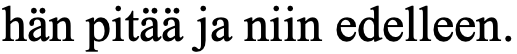
hän pitää ja niin edelleen.